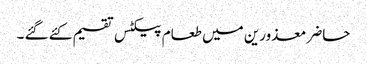
حاضر معذورین میں طعام پیکٹس تقسیم کئے گئے ۔